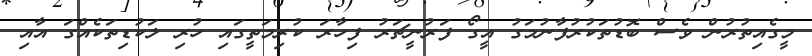
މީގެއިތުރުން ވެސް ބޮޑުތަކުރުފާނުމަގު އީގޯ ފަރުނީޗަރު ފިހާރަ ކުރިމަތީގައި ހުރި ލަކުޑިތަކެއްގަ އާއި